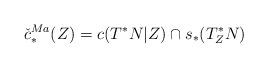
LaTeX: \begin{align*}\check{c}^{Ma}_{*}(Z)=c(T^{*}N|Z)\cap s_{*}(T_{Z}^{*}N) \end{align*}